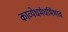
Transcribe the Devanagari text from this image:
काव्येधर्मधर्मिभाव